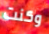
وكنت